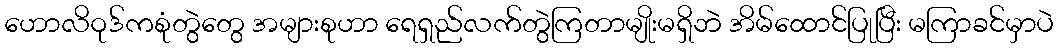
ဟောလိဝုဒ်ကစုံတွဲတွေ အများစုဟာ ရေရှည်လက်တွဲကြတာမျိုးမရှိဘဲ အိမ်ထောင်ပြုပြီး မကြာခင်မှာပဲ